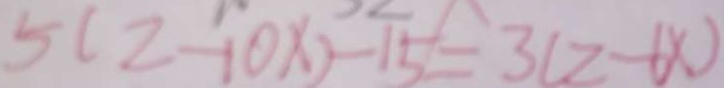
5 ( 2 - 1 0 \times ) - 1 5 = 3 ( 2 - 6 x )